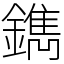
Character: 鐫